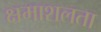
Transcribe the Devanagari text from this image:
क्षमाशलता